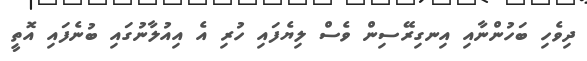
ދިވެހި ބަހުންނާއި އިނގިރޭސިން ވެސް ލިޔެފައި ހުރި އެ އިއުލާނުގައި ބުނެފައި އޮތީ